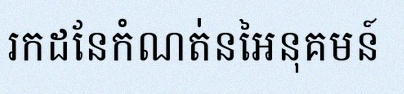
រកដែនកំណត់នៃអនុគមន៍